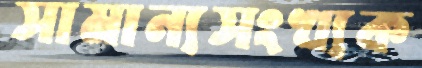
সামান্যসংখ্যক